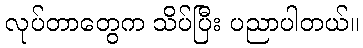
လုပ်တာတွေက သိပ်ပြီး ပညာပါတယ်။